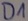
Text: D1